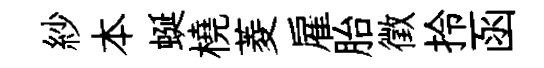
紗本蜒橈菱雇胎徵拎函